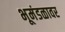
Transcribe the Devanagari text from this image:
भूमंडळावर